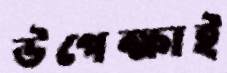
উপেক্ষাই